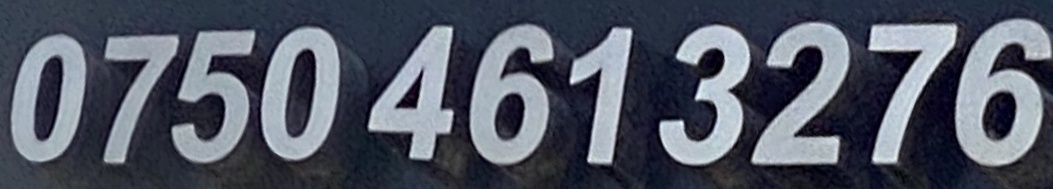
0750 461 3276